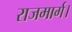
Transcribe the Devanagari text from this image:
राजमार्ग।